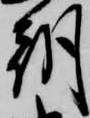
朝